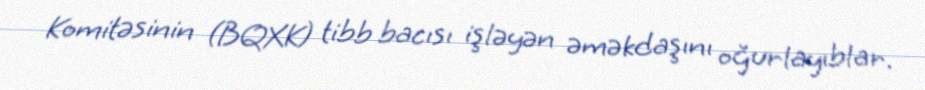
Komitəsinin (BQXK) tibb bacısı işləyən əməkdaşını oğurlayıblar.